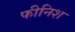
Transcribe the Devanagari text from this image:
फीनिश